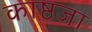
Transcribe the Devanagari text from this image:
काष्ठजा